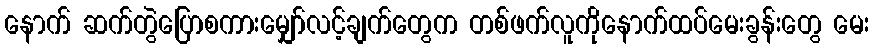
နောက် ဆက်တွဲပြောစကားမျှော်လင့်ချက်တွေက တစ်ဖက်လူကိုနောက်ထပ်မေးခွန်းတွေ မေး